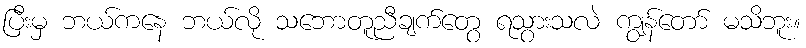
ပြီးမှ ဘယ်ကနေ ဘယ်လို သဘောတူညီချက်တွေ ရသွားသလဲ ကျွန်တော် မသိဘူး။